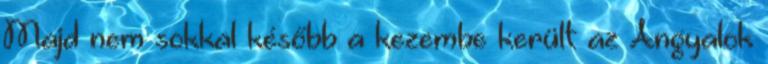
Majd nem sokkal később a kezembe került az Angyalok